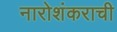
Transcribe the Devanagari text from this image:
नारोशंकराची